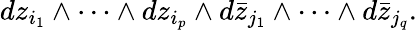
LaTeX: dz_{i_{1}}\wedge\cdots\wedge dz_{i_{p}}\wedge d{\bar{z}}_{j_{1}}\wedge\cdots\wedge d{\bar{z}}_{j_{q}}.